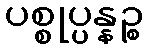
ပစ္စုပ္ပန္နဉ္စ